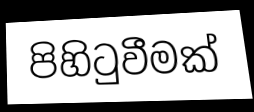
පිහිටුවීමක්